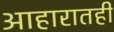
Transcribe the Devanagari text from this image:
आहारातही